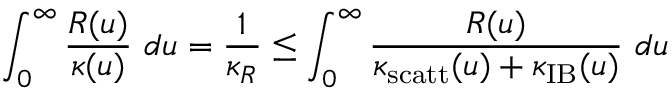
\int _ { 0 } ^ { \infty } \frac { R ( u ) } { \kappa ( u ) } ~ d u = \frac { 1 } { \kappa _ { R } } \leq \int _ { 0 } ^ { \infty } \frac { R ( u ) } { \kappa _ { \mathrm { s c a t t } } ( u ) + \kappa _ { \mathrm { I B } } ( u ) } ~ d u